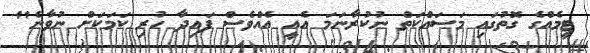
ޓީމެއްގެ ގޮތުގައި މަސައްކަތް ނުކުރާނަމަ އެއީ އެއްވެސް ފައިދާ ހުރި ކަމަކަށް ނުވާނެ"